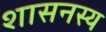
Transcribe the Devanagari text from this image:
शासनस्य